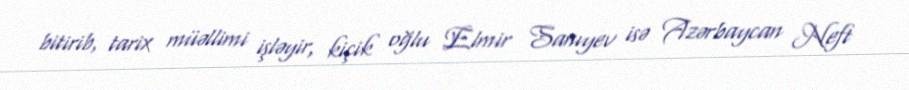
bitirib, tarix müəllimi işləyir, kiçik oğlu Elmir Sanıyev isə Azərbaycan Neft